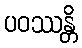
ပဝဿန္တိ